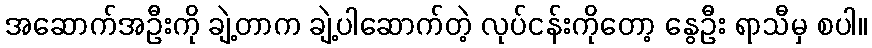
အဆောက်အဦးကို ချဲ့တာက ချဲ့ပါဆောက်တဲ့ လုပ်ငန်းကိုတော့ နွေဦး ရာသီမှ စပါ။